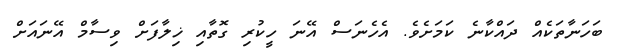
ބަހަނާތަކެއް ދައްކާނެ ކަމަށެވެ. އެހެނަސް އޭނަ ހީކުރި ގޮތާއި ޚިލާފަށް ވިސާމް އޭނައަށް